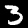
Label: 3